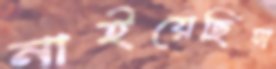
নাইয়েছিস